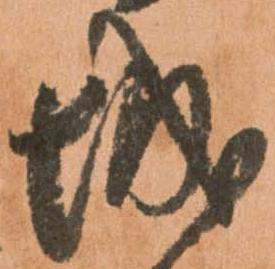
城